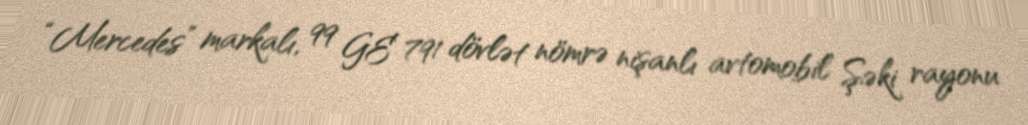
“Mercedes” markalı, 99 GE 791 dövlət nömrə nişanlı avtomobil Şəki rayonu